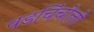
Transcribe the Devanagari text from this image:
वडचिंचोली